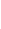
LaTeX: \! \! \! \! \! \! \! \! \! \! \! \alpha\! \! \! \! \! \! \! \! \! \! \! \! (t\! \! \! \! \! \! \! \! \! \! \! \! )\! \! \! \! \! \! \! \! \! \! \! \! =\! \! \! \! \! \! \! \! \! \! \! \! (u\! \! \! \! \! \! \! \! \! \! \! \! (t\! \! \! \! \! \! \! \! \! \! \! \! )\! \! \! \! \! \! \! \! \! \! \! \! ,v\! \! \! \! \! \! \! \! \! \! \! \! (t\! \! \! \! \! \! \! \! \! \! \! \! )\! \! \! \! \! \! \! \! \! \! \! \! )\! \! \! \! \! \! \! \! \! \! \! \! .\! \! \! \! \! \! \! \! \! \! \!